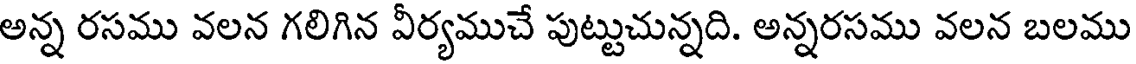
అన్న రసము వలన గలిగిన వీర్యముచే పుట్టుచున్నది. అన్నరసము వలన బలము